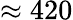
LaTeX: \approx 420